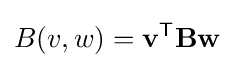
B(v,w)=\mathbf {v} ^{\mathsf {T}}\mathbf {B} \mathbf {w}